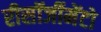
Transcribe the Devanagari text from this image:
रीसॉर्जीमेंटो